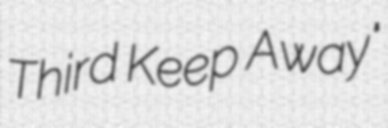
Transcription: Third Keep Away"